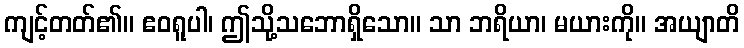
ကျင့်တတ်၏။ ဧဝရူပါ၊ ဤသို့သဘောရှိသော။ သာ ဘရိယာ၊ မယားကို။ အယျာတိ